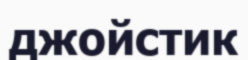
джойстик